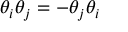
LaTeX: \theta _ { i } \theta _ { j } = - \theta _ { j } \theta _ { i }